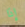
إذا